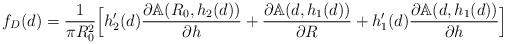
LaTeX: \begin{align*} f_D(d)=\frac{1}{\pi R_0^2}\Big[ h_2'(d) \frac{\partial \mathbb{A}(R_0, h_2(d))}{\partial h} + \frac{\partial \mathbb{A}(d, h_1(d))}{\partial R} + h_1'(d) \frac{\partial \mathbb{A}(d, h_1(d))}{\partial h}\Big]\end{align*}